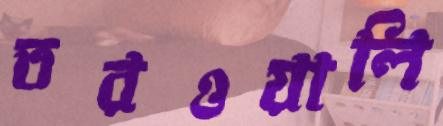
তরওয়ালি